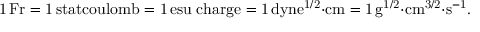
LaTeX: \mathrm { 1 \, F r = 1 \, s t a t c o u l o m b = 1 \, e s u \; c h a r g e = 1 \, d y n e ^ { 1 / 2 } { \cdot } c m = 1 \, g ^ { 1 / 2 } { \cdot } c m ^ { 3 / 2 } { \cdot } s ^ { - 1 } } .